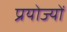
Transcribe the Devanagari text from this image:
प्रयोज्यों